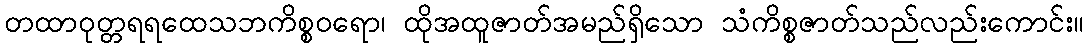
တထာဝုတ္တရရထေသဘကိစ္စဝရော၊ ထိုအထူဇာတ်အမည်ရှိသော သံကိစ္စဇာတ်သည်လည်းကောင်း။